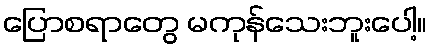
ပြောစရာတွေ မကုန်သေးဘူးပေါ့။